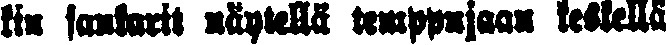
kin sankarit näytellä temppujaan keskellä